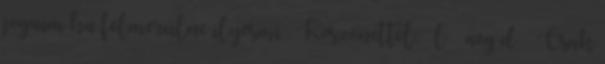
jogaim ha felmerülne ilyesmi . Köszönettel: ιυlιυѕ aegιdιυѕ Csak